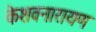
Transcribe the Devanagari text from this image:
केशवनारायण